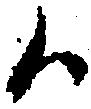
候